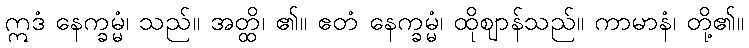
ဣဒံ နေက္ခမ္မံ၊ သည်။ အတ္ထိ၊ ၏။ ဧတံ နေက္ခမ္မံ၊ ထိုဈာန်သည်။ ကာမာနံ၊ တို့၏။